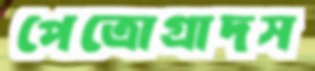
পেত্রোগ্রাদস